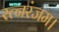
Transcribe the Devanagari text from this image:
रत्नरंजम।